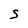
Character: S